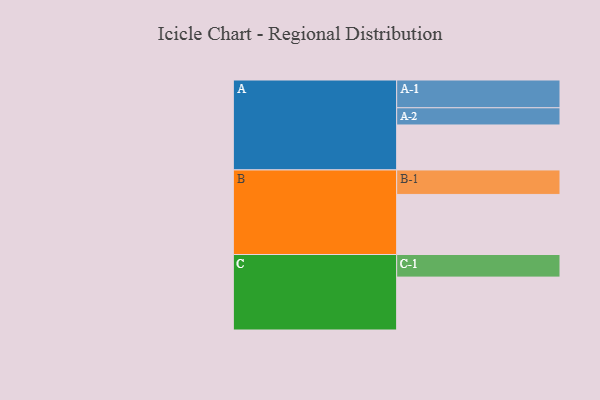
{"axis": {"x": "Segment", "y": "Value"}, "legend": ["", "A", "B", "C"], "data": [{"x": "A", "y": 426, "type": ""}, {"x": "B", "y": 569, "type": ""}, {"x": "C", "y": 501, "type": ""}, {"x": "A-1", "y": 263, "type": "A"}, {"x": "A-2", "y": 163, "type": "A"}, {"x": "B-1", "y": 232, "type": "B"}, {"x": "C-1", "y": 214, "type": "C"}]}